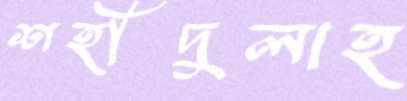
শহীদুলাহ